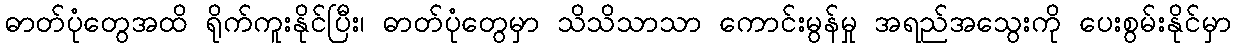
ဓာတ်ပုံတွေအထိ ရိုက်ကူးနိုင်ပြီး၊ ဓာတ်ပုံတွေမှာ သိသိသာသာ ကောင်းမွန်မှု အရည်အသွေးကို ပေးစွမ်းနိုင်မှာ